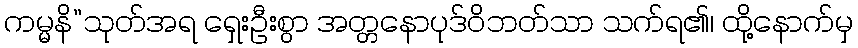
ကမ္မနိ”သုတ်အရ ရှေးဦးစွာ အတ္တနောပုဒ်ဝိဘတ်သာ သက်ရ၏၊ ထို့နောက်မှ